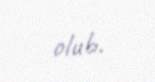
olub.